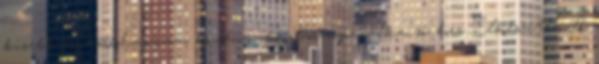
kisebb fej vöröshagyma, köménymag, fűszerpaprika, só, bors. Elkészítés: A